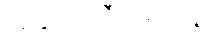
အနုသာသီယမာနော